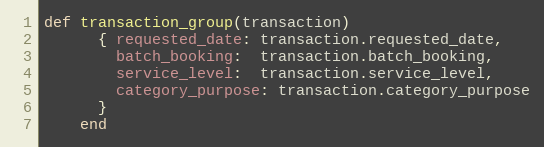
Language: Ruby
def transaction_group(transaction)
      { requested_date: transaction.requested_date,
        batch_booking:  transaction.batch_booking,
        service_level:  transaction.service_level,
        category_purpose: transaction.category_purpose
      }
    end